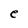
Character: e